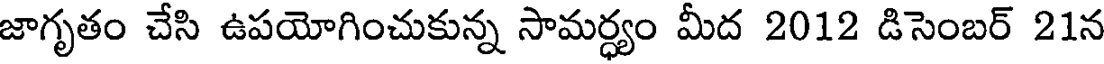
జాగృతం చేసి ఉపయోగించుకున్న సామర్ధ్యం మీద 2012 డిసెంబర్ 21న